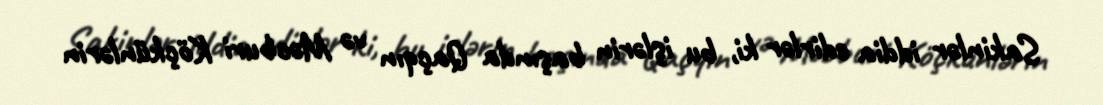
Sakinlər iddia edirlər ki, bu işlərin başında Qaçqın və Məcburi Köçkünlərin